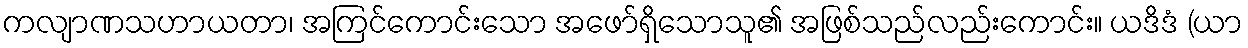
ကလျာဏသဟာယတာ၊ အကြင်ကောင်းသော အဖော်ရှိသောသူ၏ အဖြစ်သည်လည်းကောင်း။ ယဒိဒံ (ယာ